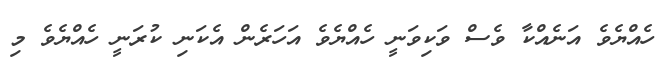
ހެއްޔެވެ އަނެއްކާ ވެސް ވަކިވަނީ ހެއްޔެވެ އަހަރެން އެކަނި ކުރަނީ ހެއްޔެވެ މި